Problem: 5 × 7 = ?
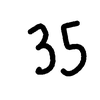
Handwritten answer: 35